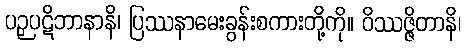
ပဉှပဋိဘာနာနိ၊ ပြဿနာမေးခွန်းစကားတို့ကို။ ဝိဿဇ္ဇိတာနိ၊